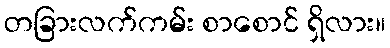
တခြားလက်ကမ်း စာစောင် ရှိလား။